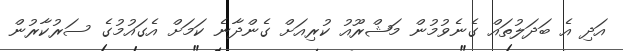
އަދި އެ ބަދަލުތައް ގެނެވުމުން މަޝްރޫއު ކުރިއަށް ގެންދާނެ ކަމަށް އެގައުމުގެ ސަރުކާރުން